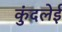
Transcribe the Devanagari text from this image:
कुंदलेई